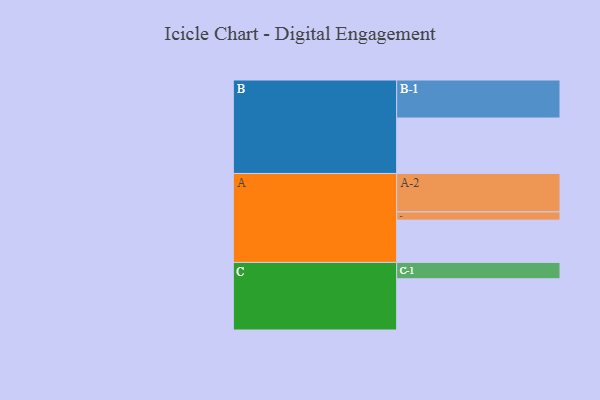
{"axis": {"x": "Segment", "y": "Value"}, "legend": ["", "A", "B", "C"], "data": [{"x": "A", "y": 304, "type": ""}, {"x": "B", "y": 398, "type": ""}, {"x": "C", "y": 368, "type": ""}, {"x": "A-1", "y": 59, "type": "A"}, {"x": "A-2", "y": 276, "type": "A"}, {"x": "B-1", "y": 273, "type": "B"}, {"x": "C-1", "y": 117, "type": "C"}]}